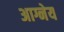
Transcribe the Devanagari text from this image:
अाग्नेय